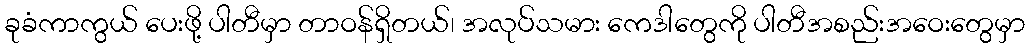
ခုခံကာကွယ် ပေးဖို့ ပါတီမှာ တာဝန်ရှိတယ်၊ အလုပ်သမား ကေဒါတွေကို ပါတီအစည်းအဝေးတွေမှာ